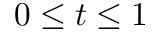
0 \leq t \leq 1